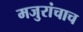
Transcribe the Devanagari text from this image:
मजुरांचाच